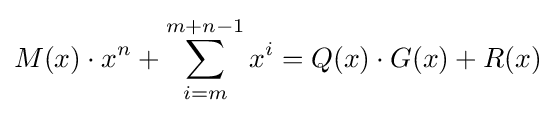
M(x)\cdot x^{n}+\sum _{i=m}^{m+n-1}x^{i}=Q(x)\cdot G(x)+R(x)